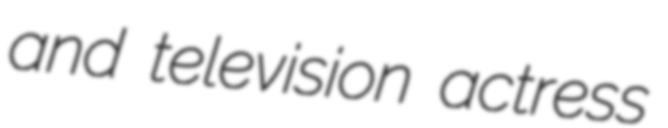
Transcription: and television actress